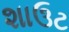
શાઉટ